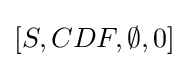
[S,CDF,\emptyset ,0]